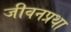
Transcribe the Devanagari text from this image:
जीवनप्रथा